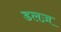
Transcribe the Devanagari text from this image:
डलज़